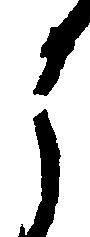
う